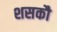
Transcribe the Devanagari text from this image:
शसकौ